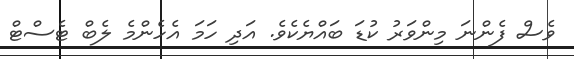
ވެސް ފެންނަ މިންވަރު ކުޑަ ބައްޔެކެވެ. އަދި ހަމަ އެހެންމެ ލެބް ޓެސްޓް